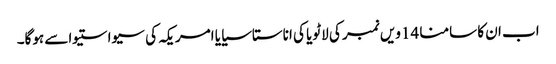
اب ان کا سامنا 14ویں نمبر کی لاٹویا کی اناستاسیایا امریکہ کی سیواستیواسے ہوگا۔